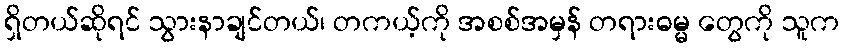
ရှိတယ်ဆိုရင် သွားနာချင်တယ်၊ တကယ့်ကို အစစ်အမှန် တရားဓမ္မ တွေကို သူက